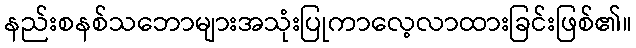
နည်းစနစ်သဘောများအသုံးပြုကာလေ့လာထားခြင်းဖြစ်၏။